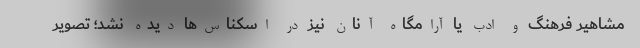
مشاهیر فرهنگ و ادب یا آرامگاه آنان نیز در اسکناس‌ها دیده نشد؛ تصویر